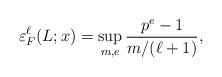
LaTeX: \begin{align*} \varepsilon_F^\ell(L;x) = \sup_{m,e} \frac{p^e-1}{m/(\ell+1)}, \end{align*}